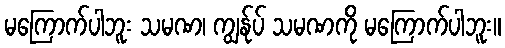
မကြောက်ပါဘူး သမဏ၊ ကျွန်ုပ် သမဏကို မကြောက်ပါဘူး။